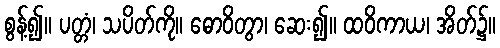
စွန့်၍။ ပတ္တံ၊ သပိတ်ကို။ ဓောဝိတွာ၊ ဆေး၍။ ထဝိကာယ၊ အိတ်၌။